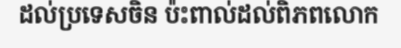
ដល់ប្រទេសចិន ប៉ះពាល់ដល់ពិភពលោក